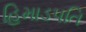
હિમાડપતિ